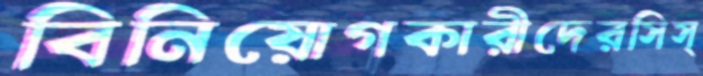
বিনিয়োগকারীদেরসিস্